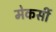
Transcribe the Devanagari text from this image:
मेकर्सी